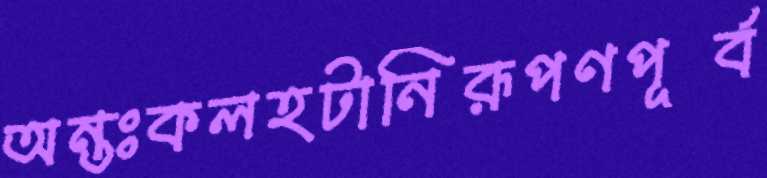
অন্তঃকলহটানিরূপণপূর্ব